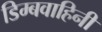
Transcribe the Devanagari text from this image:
डिम्बवाहिनी